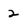
Character: 2